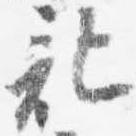
記